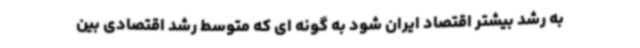
به رشد بیشتر اقتصاد ایران شود به گونه ای که متوسط رشد اقتصادی بین